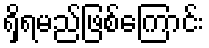
ရှိရမည်ဖြစ်ကြောင်း